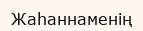
Жаһаннаменің